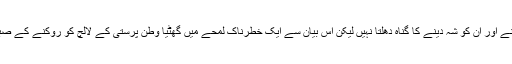
اس سے پاکستان کا دہشت گرد گروہوں کو پالنے اور ان کو شہ دینے کا گناہ دھلتا نہیں لیکن اس بیان سے ایک خطرناک لمحے میں گھٹیا وطن پرستی کے لالچ کو روکنے کے صبروتحمل اور جرأت کا مظاہرہ تو ہوتا ہی ہے۔